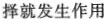
择就发生作用